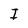
Character: I